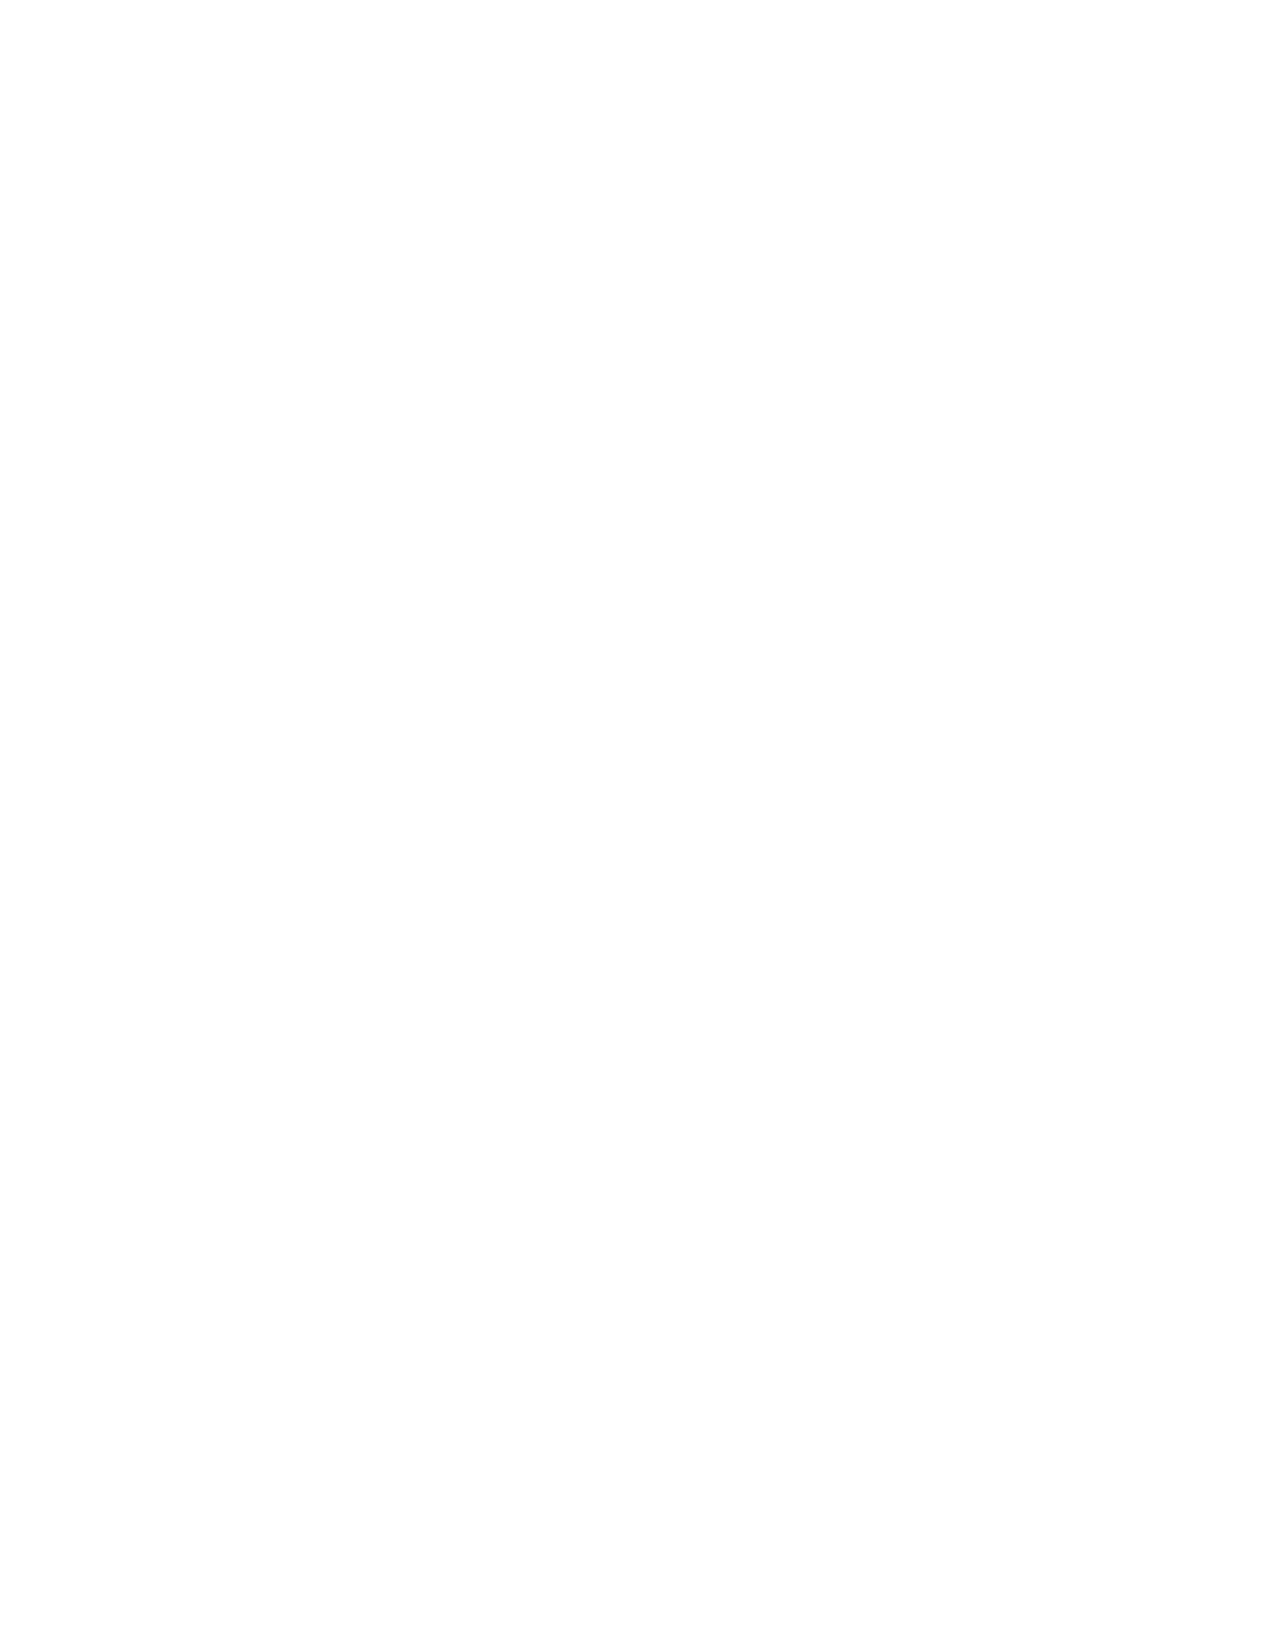
VerDate Apr 14 2004 11:04 Apr 14, 2004 Jkt 077500 PO 00000 Frm 00004 Fmt 8221 Sfmt 8221 C:\CONAN\CON023.XXX PRFM99 PsN: CON023